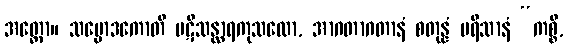
အတ္ထော။ သမ္မောဒကောတိ ပဋိသန္ထာရကုသလော, အာဂတာဂတာနံ စတုန္နံ ပရိသာနံ “ကစ္စိ,